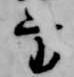
方